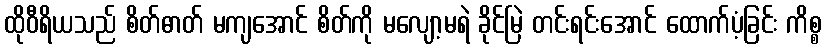
ထိုဝီရိယသည် စိတ်ဓာတ် မကျအောင် စိတ်ကို မလျော့မရဲ ခိုင်မြဲ တင်းရင်းအောင် ထောက်ပံ့ခြင်း ကိစ္စ